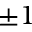
\pm 1